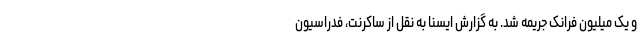
و یک میلیون فرانک جریمه شد. به گزارش ایسنا به نقل از ساکرنت، فدراسیون